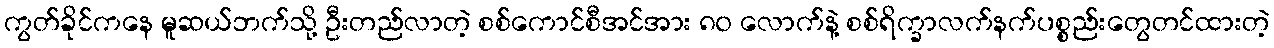
ကွတ်ခိုင်ကနေ မူဆယ်ဘက်သို့ ဦးတည်လာတဲ့ စစ်ကောင်စီအင်အား ၈၀ လောက်နဲ့ စစ်ရိက္ခာလက်နက်ပစ္စည်းတွေတင်ထားတဲ့